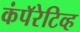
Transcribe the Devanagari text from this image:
कंपॅरेटिव्ह